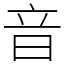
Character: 音